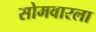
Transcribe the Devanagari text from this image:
सोमवारला